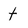
Character: t